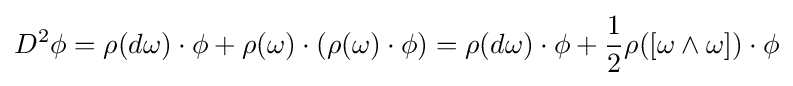
D^{2}\phi =\rho (d\omega )\cdot \phi +\rho (\omega )\cdot (\rho (\omega )\cdot \phi )=\rho (d\omega )\cdot \phi +{1 \over 2}\rho ([\omega \wedge \omega ])\cdot \phi